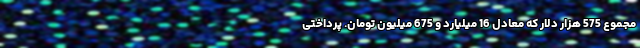
مجموع 575 هزار دلار که معادل 16 میلیارد و 675 میلیون تومان. پرداختی